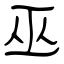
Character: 巫